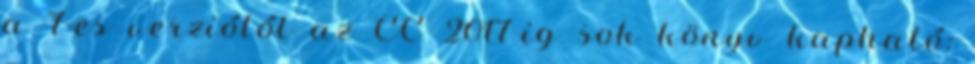
a 7-es verziótól az CC 2017-ig sok könyv kapható: